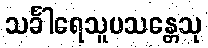
သင်္ခါရေသူပသန္တေသု